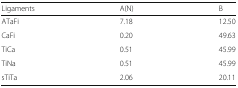
| Ligaments | A(N) | B |
 | --- | --- | --- |
 | ATaFi | 7.18 | 12.50 |
 | CaFi | 0.20 | 49.63 |
 | TiCa | 0.51 | 45.99 |
 | TiNa | 0.51 | 45.99 |
 | sTiTa | 2.06 | 20.11 |